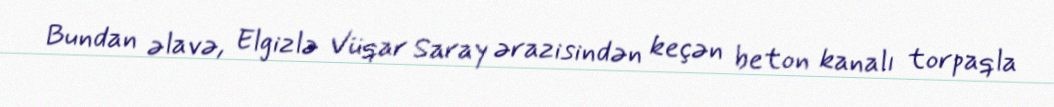
Bundan əlavə, Elgizlə Vüqar Saray ərazisindən keçən beton kanalı torpaqla